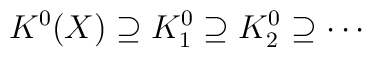
K^0(X) \supseteq K^0_1 \supseteq K^0_2 \supseteq \cdots